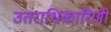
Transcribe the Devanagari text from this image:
उतराधिकारिणी